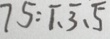
7 5 : \overline { 1 } 、 \overline { 3 } 、 \overline { 5 }